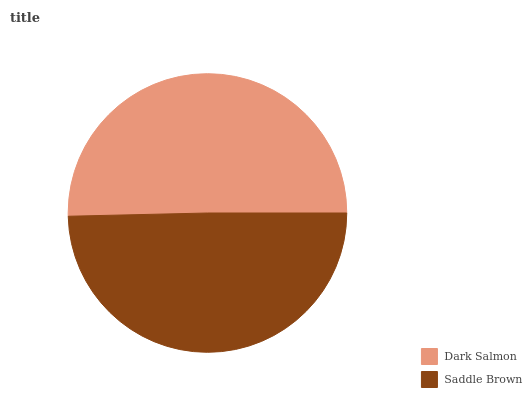
| Dark Salmon | Saddle Brown |
 | --- | --- |
 | 50.3% | 49.7% |